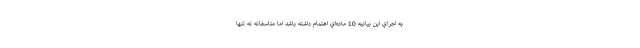
به اجراي اين بيانيه 10 ماده‌اي اهتمام داشته باشد اما متاسفانه نه تنها